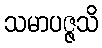
သမာပဇ္ဇသိ